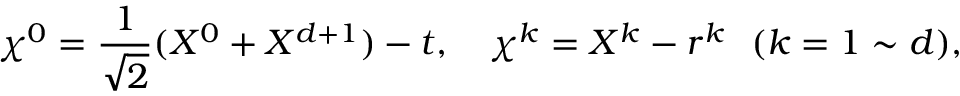
\chi ^ { 0 } = \frac { 1 } { \sqrt { 2 } } ( X ^ { 0 } + X ^ { d + 1 } ) - t , ~ ~ ~ \chi ^ { k } = X ^ { k } - r ^ { k } ~ ~ ( k = 1 \sim d ) ,